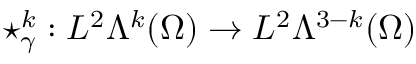
\star _ { \gamma } ^ { k } : L ^ { 2 } \Lambda ^ { k } ( \Omega ) \rightarrow L ^ { 2 } \Lambda ^ { 3 - k } ( \Omega )